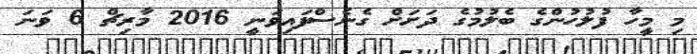
މި މީހާ ފުލުހުންގެ ބެލުމުގެ ދަށަށް ގެނެސްފައިވަނީ 2016 މާރިޗް 6 ވަނަ